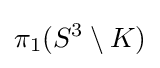
\pi _{1}(S^{3}\setminus K)